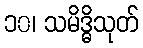
၁၀၊ သမိဒ္ဓိသုတ်